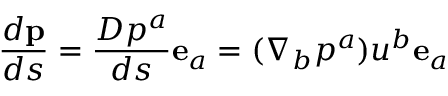
\frac { d \mathbf { p } } { d s } = \frac { D p ^ { a } } { d s } \mathbf { e } _ { a } = ( \nabla _ { b } p ^ { a } ) u ^ { b } \mathbf { e } _ { a }